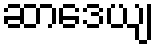
ဆာဒေယျ